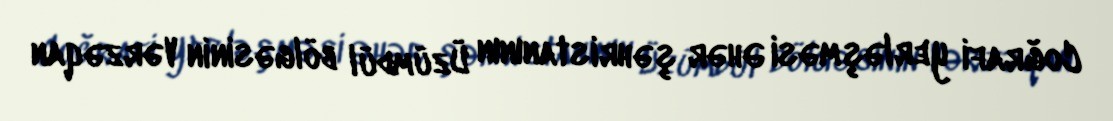
Coğrafi yerləşməsi Əhər şəhristanının Üzümdül bölgəsinin Vərzəqan